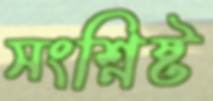
সংশ্নিষ্ট